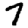
Digit: 7